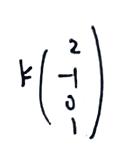
\[ k\begin{pmatrix} 2 \\ -1 \\ 0 \\ 1 \end{pmatrix} \]